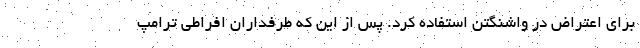
برای اعتراض در واشنگتن استفاده کرد. پس از این که طرفداران افراطی ترامپ